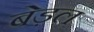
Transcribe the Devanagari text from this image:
बेड़ल